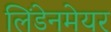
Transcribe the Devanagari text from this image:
लिंडेनमेयर